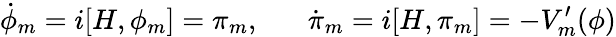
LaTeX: \dot{\phi}_{m}=i[H,\phi_{m}]=\pi_{m},\; \; \; \; \; \; \dot{\pi}_{m}=i[H,\pi_{m}]=-V_{m}^{\prime}(\phi)